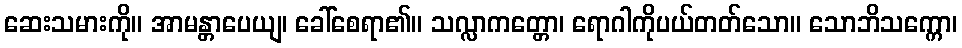
ဆေးသမားကို။ အာမန္တာပေယျ၊ ခေါ်စေရာ၏။ သလ္လာကတ္တော၊ ရောဂါကိုပယ်တတ်သော။ သောဘိသက္ကော၊